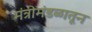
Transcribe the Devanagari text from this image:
मंत्रीमंडळातून